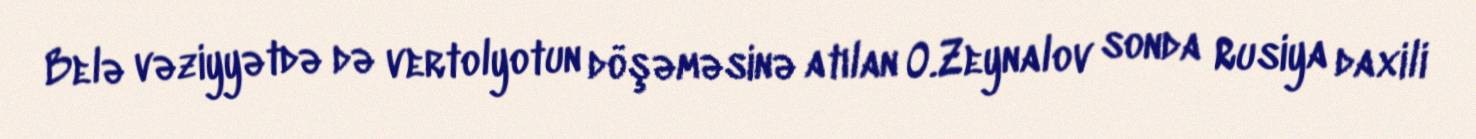
Belə vəziyyətdə də vertolyotun döşəməsinə atılan O.Zeynalov sonda Rusiya daxili